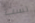
لست